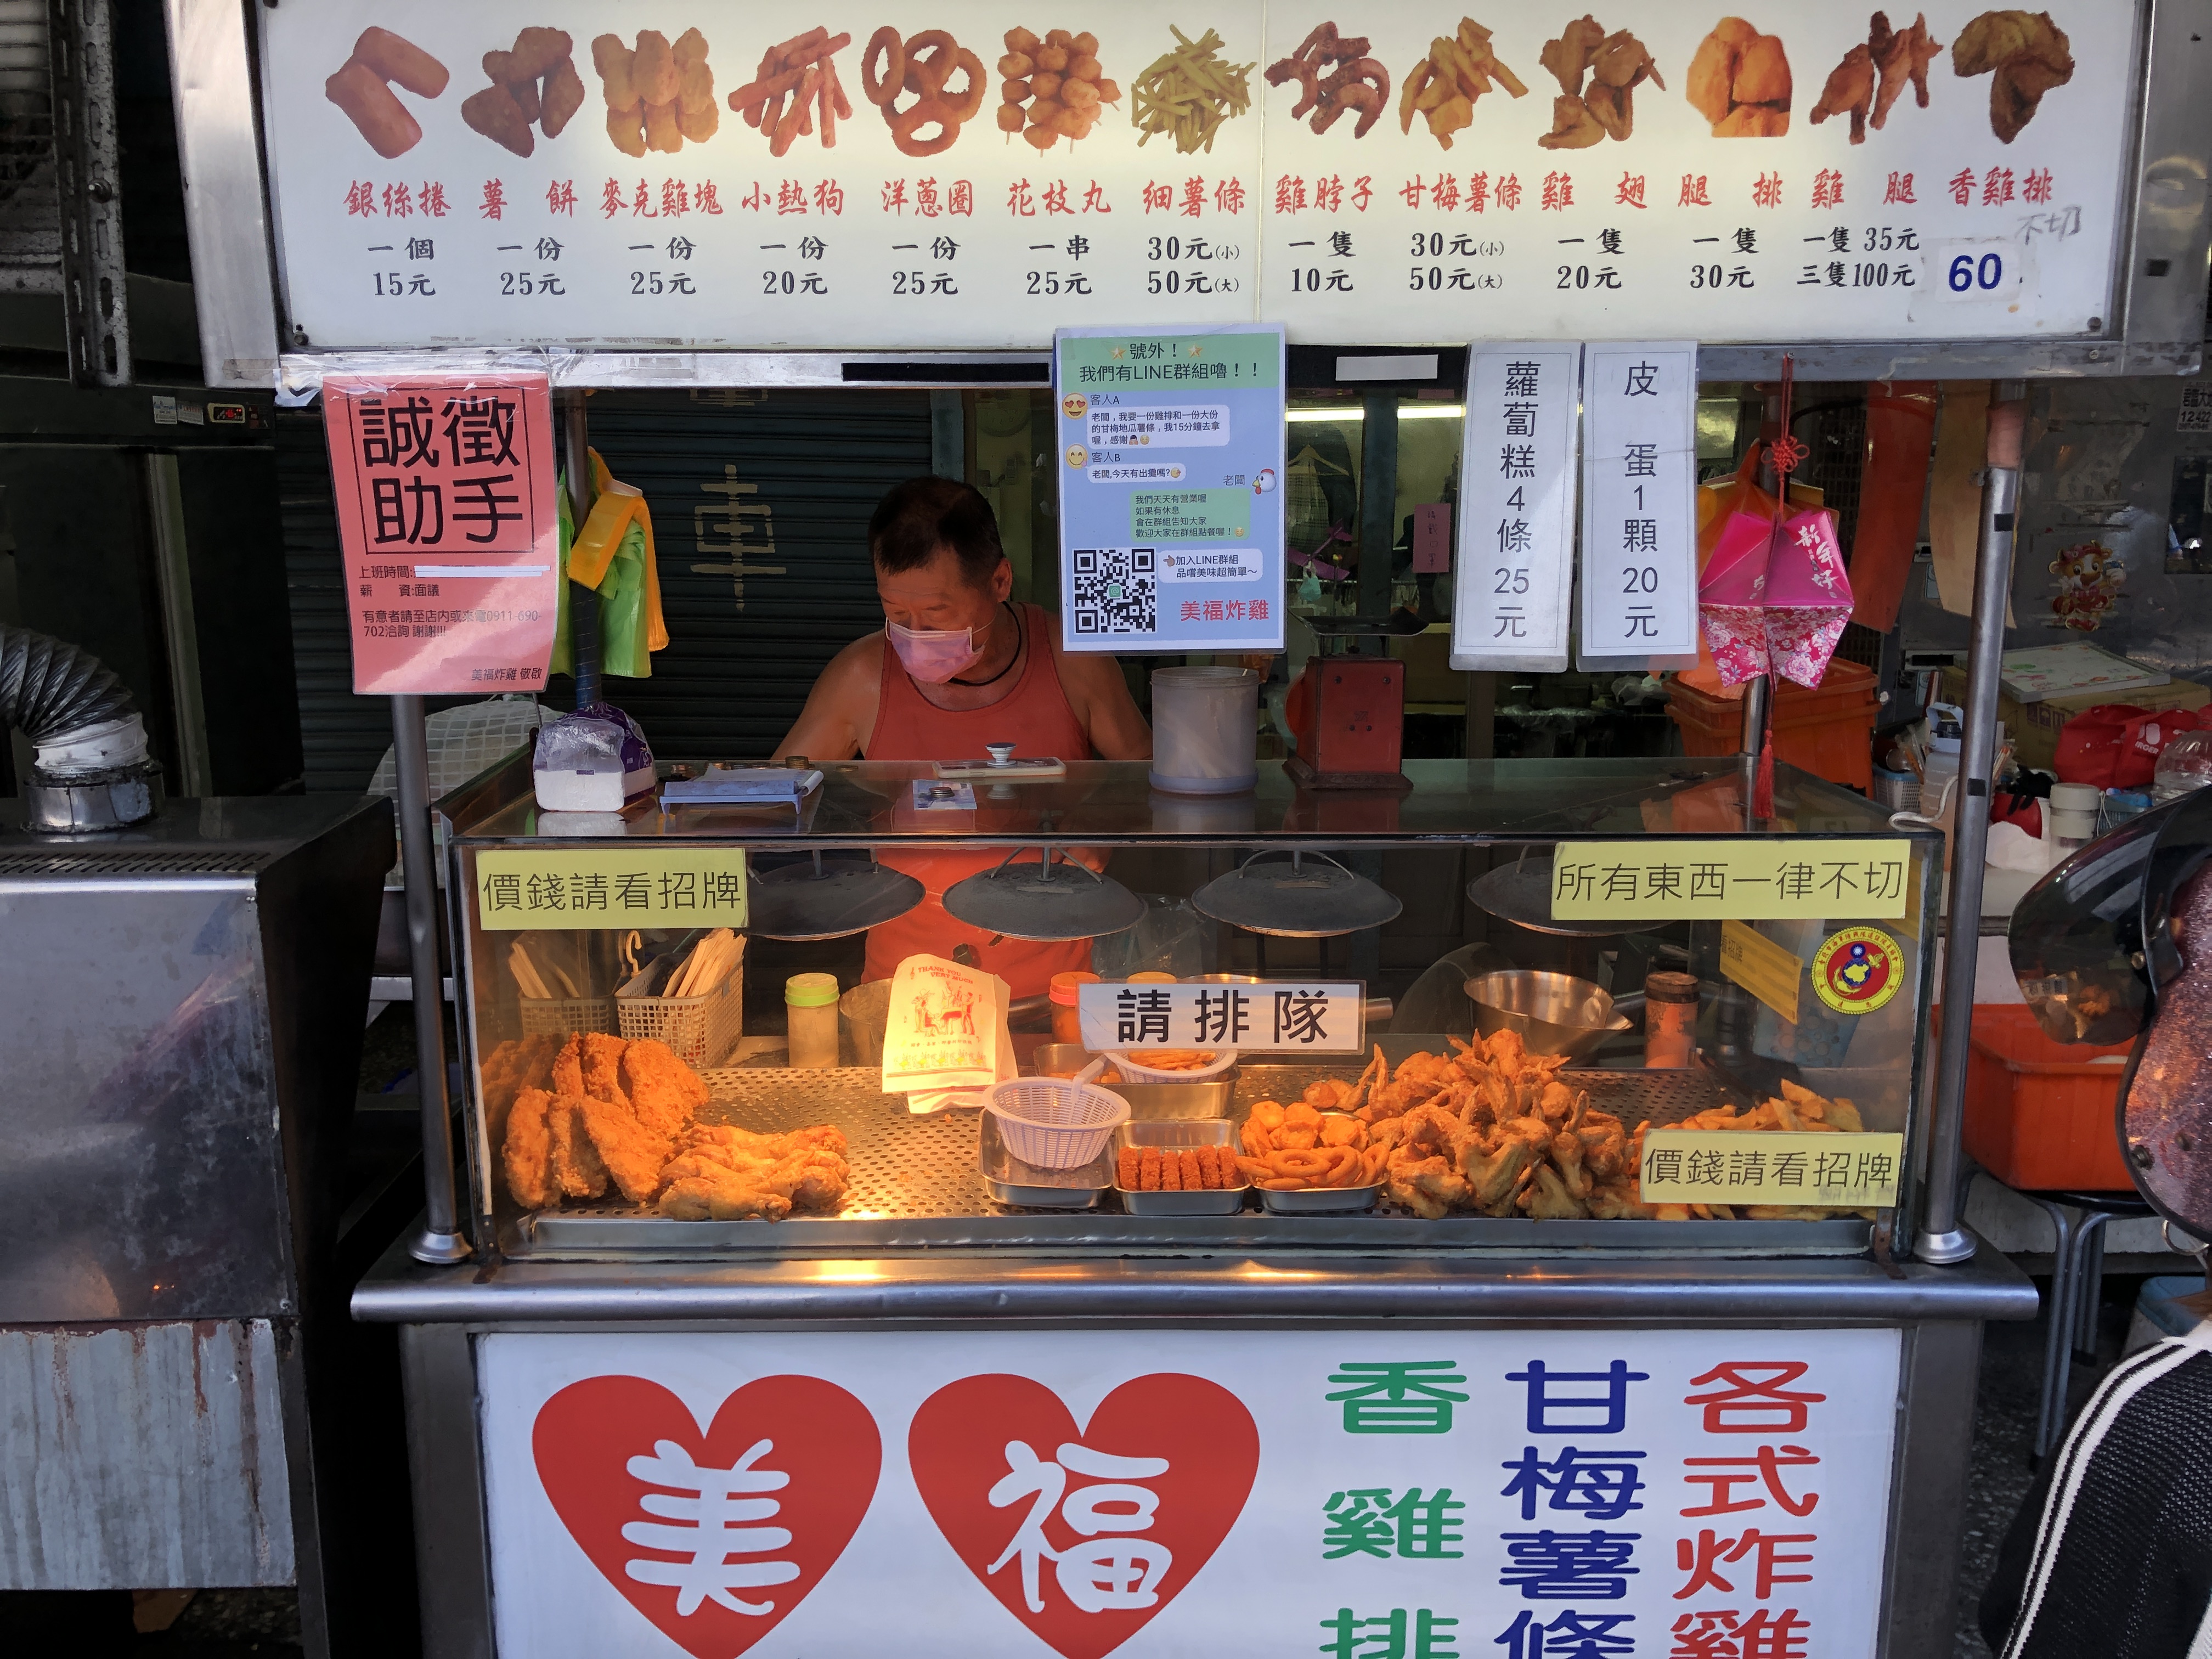
餐廳：美福炸雞
菜單：
name: 銀絲捲
price: 15元
name: 薯餅
price: 25元
name: 麥克雞塊
price: 25元
name: 小熱狗
price: 20元
name: 洋蔥圈
price: 25元
name: 花枝丸
price: 25元
name: 細薯條 (小)
price: 30元
name: 細薯條 (大)
price: 50元
name: 雞脖子
price: 10元
name: 甘梅薯條 (小)
price: 30元
name: 甘梅薯條 (大)
price: 50元
name: 雞翅
price: 20元
name: 腿排
price: 30元
name: 雞腿 (一隻)
price: 35元
name: 雞腿 (三隻)
price: 100元
name: 香雞排
price: 60元
name: 蘿蔔糕 (4條)
price: 25元
name: 皮蛋 (1顆)
price: 20元